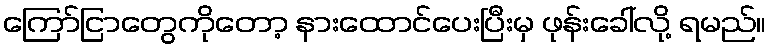
ကြော်ငြာတွေကိုတော့ နားထောင်ပေးပြီးမှ ဖုန်းခေါ်လို့ ရမည်။